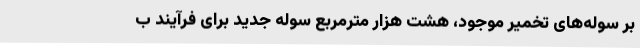
بر سوله‌های تخمیر موجود، هشت هزار مترمربع سوله جدید برای فرآیند ب